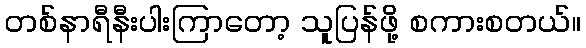
တစ်နာရီနီးပါးကြာတော့ သူပြန်ဖို့ စကားစတယ်။